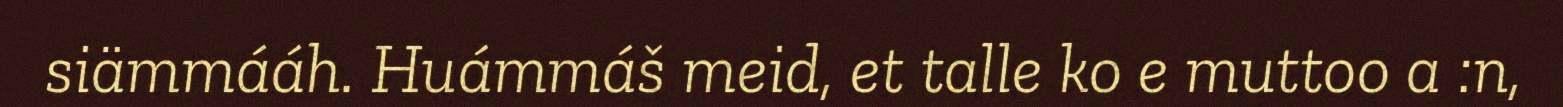
siämmááh. Huámmáš meid, et talle ko e muttoo a :n,